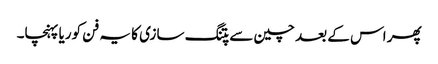
پھر اس کے بعد چین سے پتنگ سازی کا یہ فن کوریا پہنچا۔